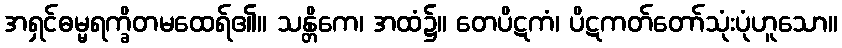
အရှင်ဓမ္မရက္ခိတမထေရ်၏။ သန္တိကေ၊ အထံ၌။ တေပိဋကံ၊ ပိဋကတ်တော်သုံးပုံဟူသော။